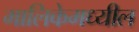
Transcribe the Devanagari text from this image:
मालिकेमध्यील